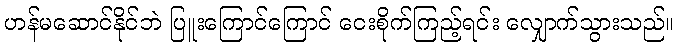
ဟန်မဆောင်နိုင်ဘဲ ပြူးကြောင်ကြောင် ငေးစိုက်ကြည့်ရင်း လျှောက်သွားသည်။